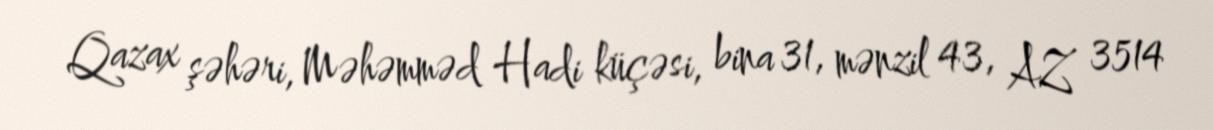
Qazax şəhəri, Məhəmməd Hadi küçəsi, bina 31, mənzil 43, AZ 3514